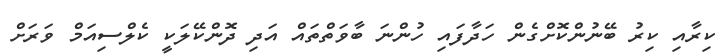
ކިރާއި ކިރު ބޭނުންކޮށްގެން ހަދާފައި ހުންނަ ބާވަތްތައް އަދި ދޮންކޭލަކީ ކެލްސިއަމް ވަރަށް